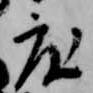
度